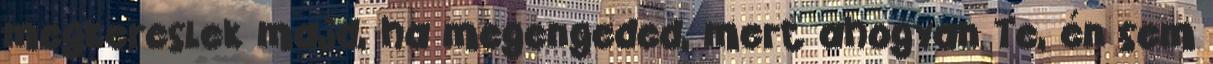
megkereslek majd, ha megengeded, mert ahogyan Te, én sem